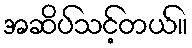
အဆိပ်သင့်တယ်။